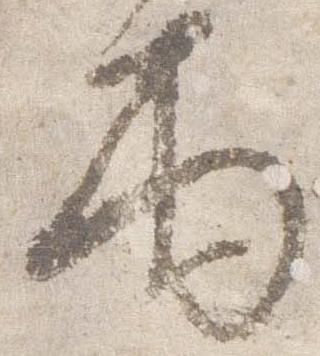
雨